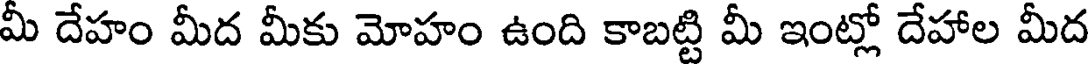
మీ దేహం మీద మీకు మోహం ఉంది కాబట్టి మీ ఇంట్లో దేహాల మీద